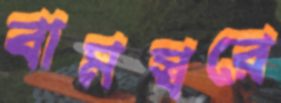
বামস্বরে